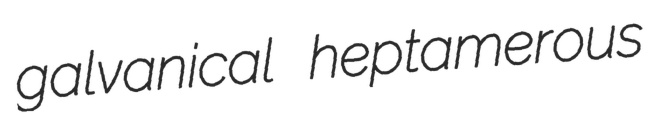
galvanical heptamerous